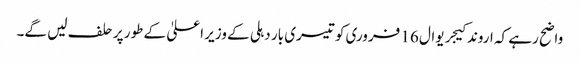
واضح رہے کہ اروند کیجریوال 16 فروری کو تیسری بار دہلی کے وزیر اعلیٰ کے طور پر حلف لیں گے۔